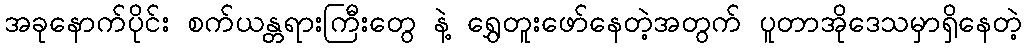
အခုနောက်ပိုင်း စက်ယန္တရားကြီးတွေ နဲ့ ရွှေတူးဖော်နေတဲ့အတွက် ပူတာအိုဒေသမှာရှိနေတဲ့